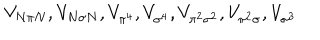
LaTeX: V _ { N \pi N } , V _ { N \sigma N } , V _ { \pi ^ { 4 } } , V _ { \sigma ^ { 4 } } , V _ { \pi ^ { 2 } \sigma ^ { 2 } } , V _ { \pi ^ { 2 } \sigma } , V _ { \sigma ^ { 3 } }